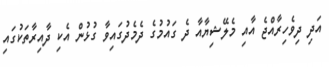
އަދި ދިވެހިރާއްޖެ އާއި މެލޭޝިޔާއާ ދެ ގައުމުގެ ދެމެދުގައިވާ ގުޅުން އެކި ދާއިރާތަކުގައި